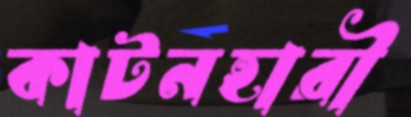
কাটনহারী